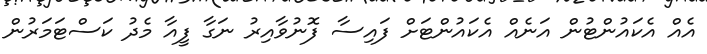
އެއް އެކައުންޓުން އަނެއް އެކައުންޓަށް ފައިސާ ފޮނުވާއިރު ނަގާ ފީއާ މެދު ކަސްޓަމަރުން